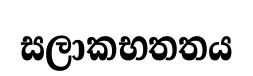
සලාකභතතය